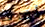
أشرف